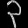
Digit: ၃